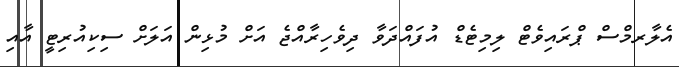
އެލާރމްސް ޕްރައިވެޓް ލިމިޓެޑް އުފައްދަވާ ދިވެހިރާއްޖެ އަށް މުޅިން އަލަށް ސިކިއުރިޓީ އާއި